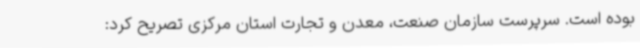
بوده است. سرپرست سازمان صنعت، معدن و تجارت استان مرکزی تصریح کرد: